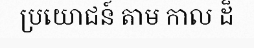
ប្រយោជន៍ តាម កាល ដ៏